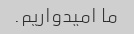
ما امیدواریم.